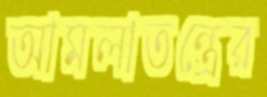
আমলাতন্ত্রের